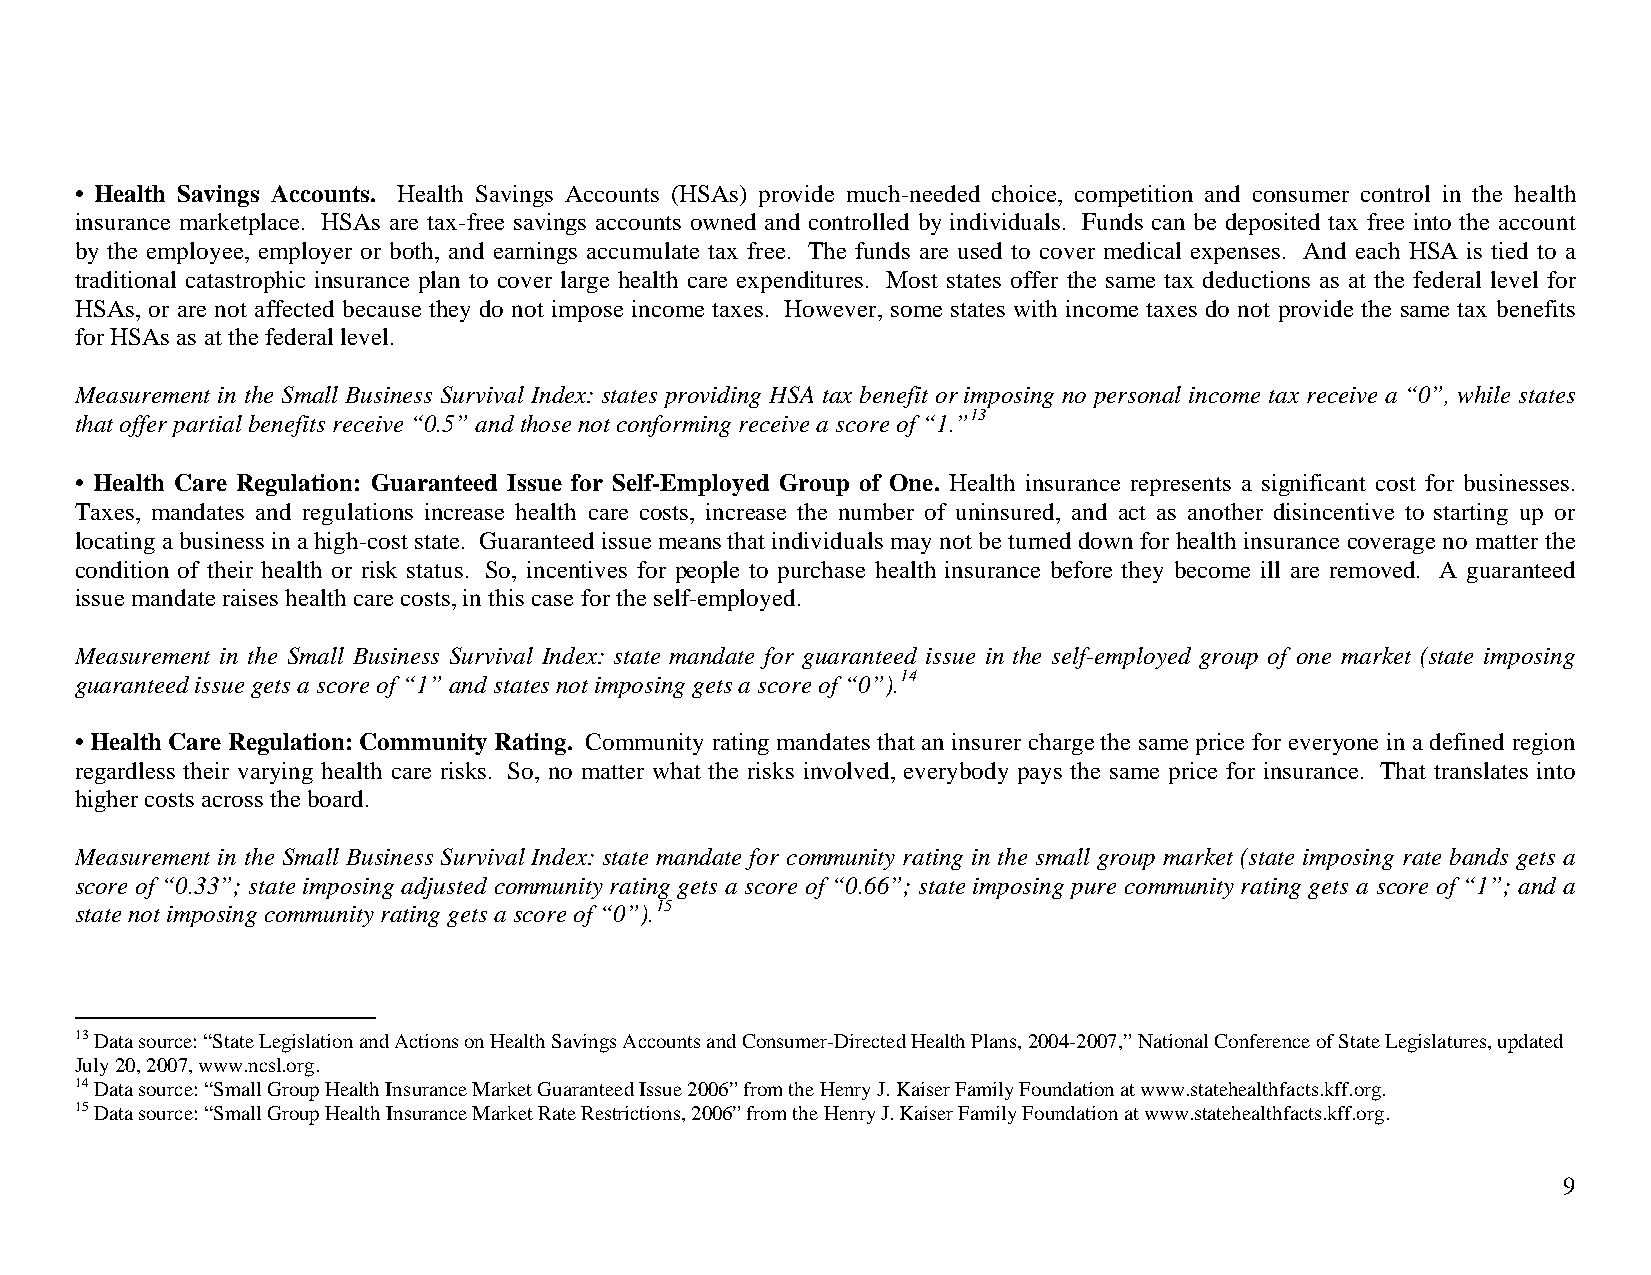
• Health Savings Accounts. Health Savings Accounts (HSAs) provide much-needed choice, competition and consumer control in the health
 insurance marketplace. HSAs are tax-free savings accounts owned and controlled by individuals. Funds can be deposited tax free into the account
 by the employee, employer or both, and earnings accumulate tax free. The funds are used to cover medical expenses. And each HSA is tied to a
 traditional catastrophic insurance plan to cover large health care expenditures. Most states offer the same tax deductions as at the federal level for
 HSAs, or are not affected because they do not impose income taxes. However, some states with income taxes do not provide the same tax benefits
 for HSAs as at the federal level.
 Measurement in the Small Business Survival Index: states providing HSA tax benefit or imposing no personal income tax receive a “0”, while states
 that offer partial benefits receive “0.5” and those not conforming receive a score of “1.”13
 • Health Care Regulation: Guaranteed Issue for Self-Employed Group of One. Health insurance represents a significant cost for businesses.
 Taxes, mandates and regulations increase health care costs, increase the number of uninsured, and act as another disincentive to starting up or
 locating a business in a high-cost state. Guaranteed issue means that individuals may not be turned down for health insurance coverage no matter the
 condition of their health or risk status. So, incentives for people to purchase health insurance before they become ill are removed. A guaranteed
 issue mandate raises health care costs, in this case for the self-employed.
 Measurement in the Small Business Survival Index: state mandate for guaranteed issue in the self-employed group of one market (state imposing
 guaranteed issue gets a score of “1” and states not imposing gets a score of “0”).14
 • Health Care Regulation: Community Rating. Community rating mandates that an insurer charge the same price for everyone in a defined region
 regardless their varying health care risks. So, no matter what the risks involved, everybody pays the same price for insurance. That translates into
 higher costs across the board.
 Measurement in the Small Business Survival Index: state mandate for community rating in the small group market (state imposing rate bands gets a
 score of “0.33”; state imposing adjusted community rating gets a score of “0.66”; state imposing pure community rating gets a score of “1”; and a
 state not imposing community rating gets a score of “0”).15
 13 Data source: “State Legislation and Actions on Health Savings Accounts and Consumer-Directed Health Plans, 2004-2007,” National Conference of State Legislatures, updated
 July 20, 2007, www.ncsl.org.
 14 Data source: “Small Group Health Insurance Market Guaranteed Issue 2006” from the Henry J. Kaiser Family Foundation at www.statehealthfacts.kff.org.
 15 Data source: “Small Group Health Insurance Market Rate Restrictions, 2006” from the Henry J. Kaiser Family Foundation at www.statehealthfacts.kff.org.
 9